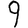
Digit: 9